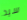
سيد